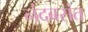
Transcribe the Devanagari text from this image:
नंदबसंत